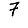
Digit: 7